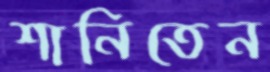
শানিতেন